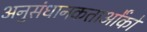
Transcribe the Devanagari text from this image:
अनुसंधानकतार्ओंको